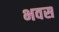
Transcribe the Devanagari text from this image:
भवस